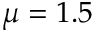
\mu = 1 . 5